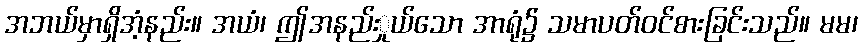
အဘယ်မှာရှိအံ့နည်း။ အယံ၊ ဤအနည်းှုယ်သော အာရုံ၌ သမာပတ်ဝင်စားခြင်းသည်။ မမ၊